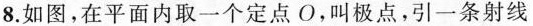
8.如图，在平面内取一个定点O，叫极点，引一条射线